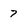
Character: 7